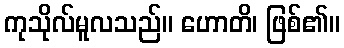
ကုသိုလ်မူလသည်။ ဟောတိ၊ ဖြစ်၏။